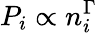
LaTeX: P_{i}\propto n_{i}^{\Gamma}